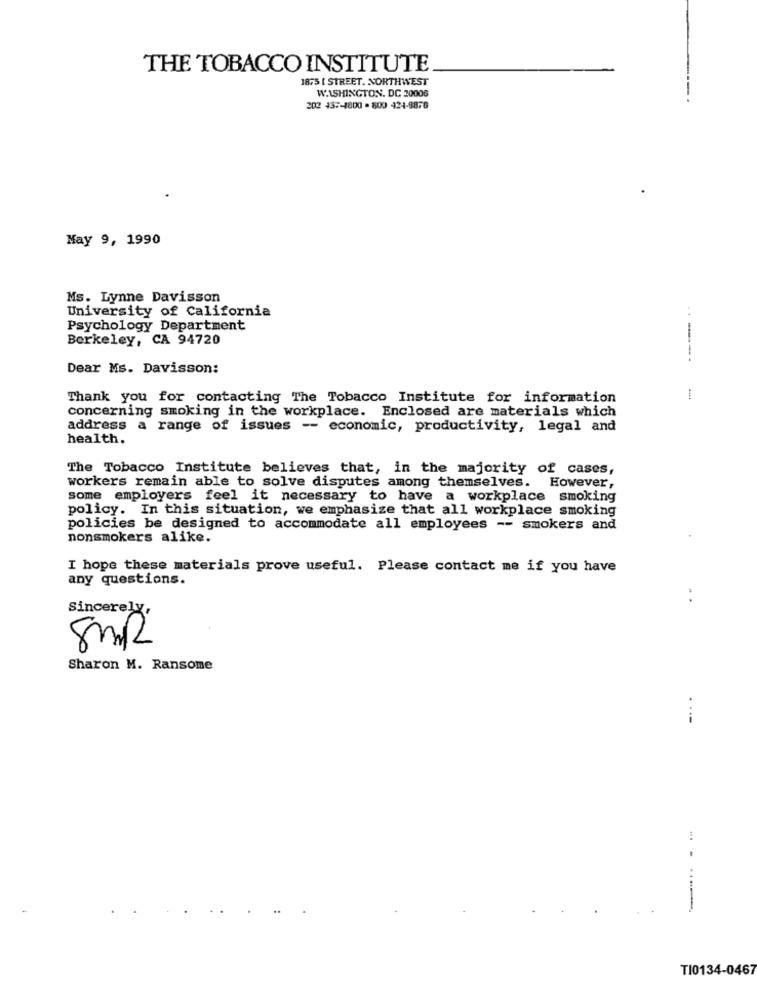
THE TOBACCO INSTITUTE
1875 [ STREET. NORTHWEST
WASHINGTON, DC 20006
202 457-1800 -500 424-9876
May 9, 1990
Ms. Lynne Davisson
University of California
Psychology Department
Berkeley, CA 94720
Dear Ms. Davisson:
Thank you for contacting The Tobacco Institute for information
1
concerning smoking in the workplace. Enclosed are materials which
address a range of issues -- economic, productivity, legal and
health.
The Tobacco Institute believes that, in the majority of cases,
workers remain able to solve disputes among themselves. However,
some employers feel it necessary to have a workplace smoking
policy. In this situation, we emphasize that all workplace smoking
policies be designed to accommodate all employees -- smokers and
nonsmokers alike.
I hope these materials prove useful. Please contact me if you have
any questions.
Sincerely,
8ml
Sharon M. Ransome
-----
TI0134-0467